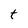
Character: t